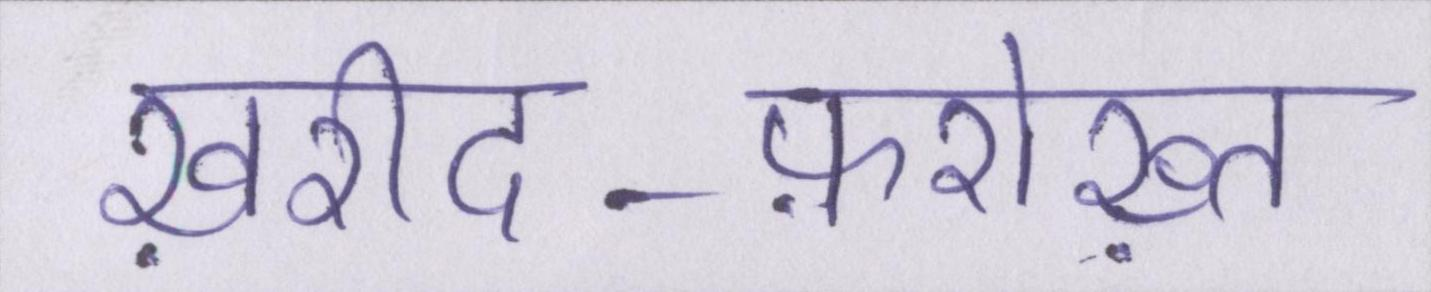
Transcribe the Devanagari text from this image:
ख़रीद-फ़रोख़्त